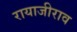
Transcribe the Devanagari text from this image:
रायाजीराव